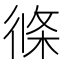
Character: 𭛹